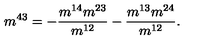
m ^ { 4 3 } = - \frac { m ^ { 1 4 } m ^ { 2 3 } } { m ^ { 1 2 } } - \frac { m ^ { 1 3 } m ^ { 2 4 } } { m ^ { 1 2 } } .